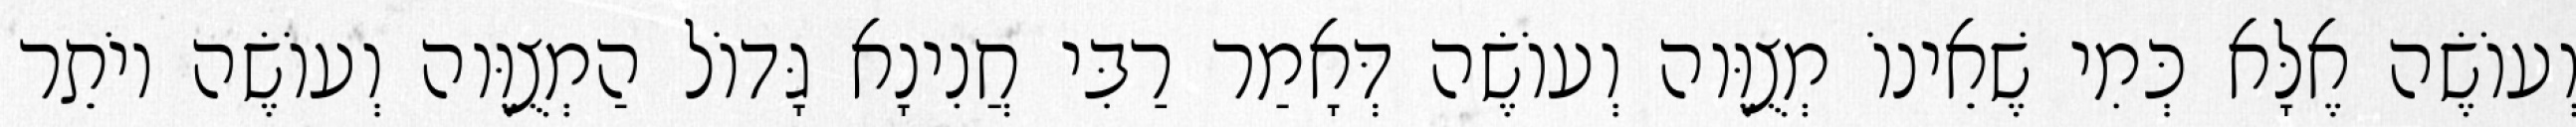
וְעוֹשֶׂה אֶלָּא כְּמִי שֶׁאֵינוֹ מְצֻוֶּוה וְעוֹשֶׂה דְּאָמַר רַבִּי חֲנִינָא גָּדוֹל הַמְצֻוֶּוה וְעוֹשֶׂה יוֹתֵר